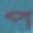
প